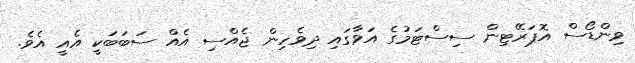
ވިންޑޯސް އޮޕަރޭޓިން ސިސްޓަމުގެ އަވާގައި ދިވެހިން ޖެއްސި އެއް ސަބަބަކީ އެއީ އެވެ.